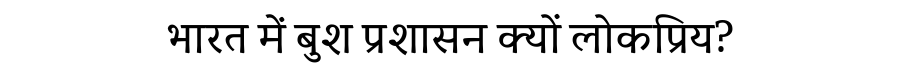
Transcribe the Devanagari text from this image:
भारत में बुश प्रशासन क्यों लोकप्रिय?